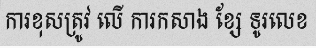
ការខុសត្រូវ លើ ការកសាង ខ្សែ ទូរលេខ